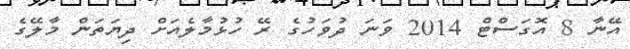
އޭނާ 8 އޮގަސްޓް 2014 ވަނަ ދުވަހުގެ ރޭ ހުޅުމާލެއަށް ދިޔަތަން މާލޭގެ